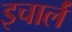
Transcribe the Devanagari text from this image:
इचार्लं